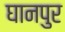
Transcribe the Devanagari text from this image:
घानपुर